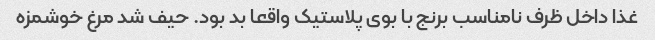
غذا داخل ظرف نامناسب برنج با بوی پلاستیک واقعا بد بود. حیف شد مرغ خوشمزه